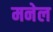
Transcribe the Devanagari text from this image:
मनेल